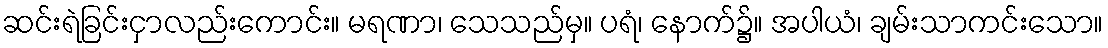
ဆင်းရဲခြင်းငှာလည်းကောင်း။ မရဏာ၊ သေသည်မှ။ ပရံ၊ နောက်၌။ အပါယံ၊ ချမ်းသာကင်းသော။